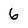
Character: 6